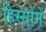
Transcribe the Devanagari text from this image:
हिस्सोंमें